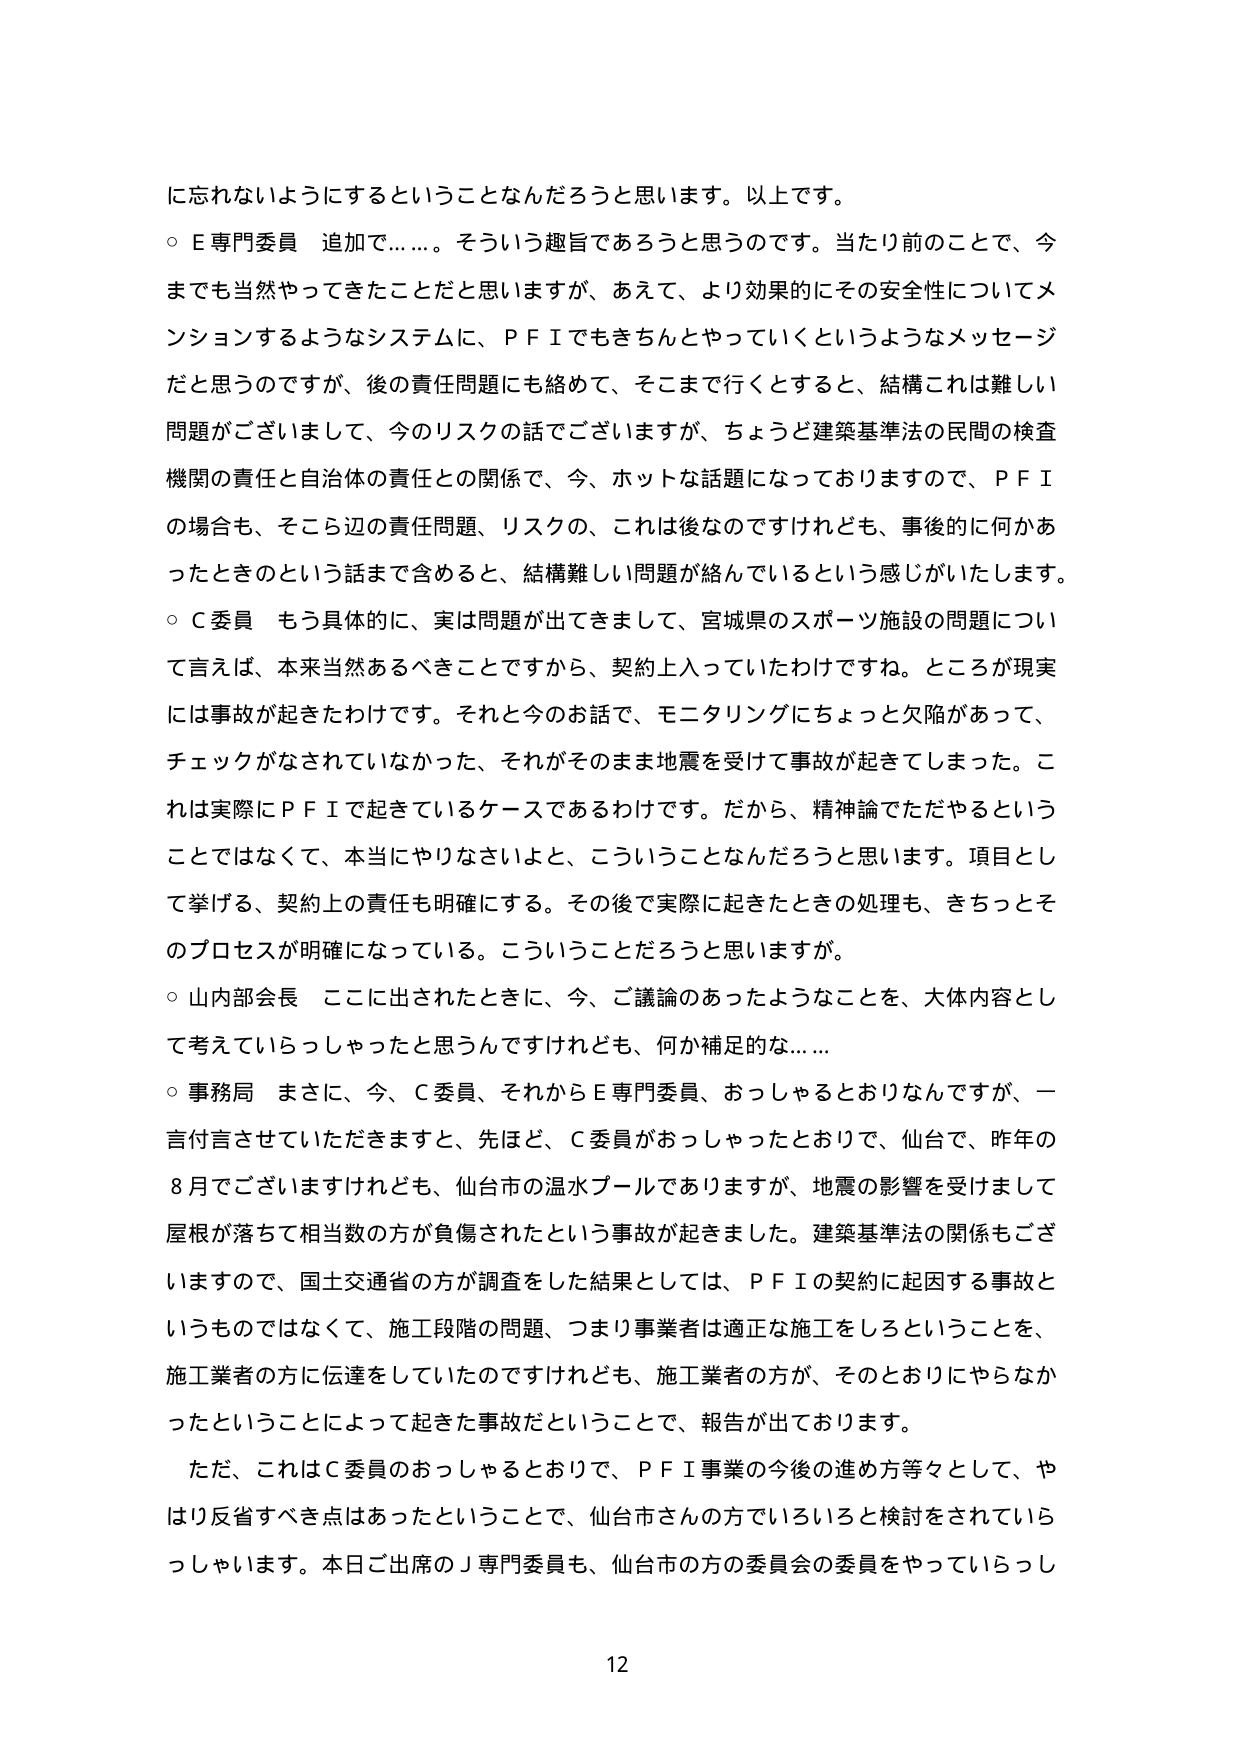
に忘れないようにするということなんだろうと思います。以上です。
○ E専門委員 追加で……。そういう趣旨であろうと思うのです。当たり前のことで、今までも当然やってきたことだと思いますが、あえて、より効果的にその安全性についてメンションするようなシステムに、ＰＦＩでもきちんとやっていくというようなメッセージだと思うのですが、後の責任問題にも絡めて、そこまで行くとすると、結構これは難しい問題がございまして、今のリスクの話でございますが、ちょうど建築基準法の民間の検査機関の責任と自治体の責任との関係で、今、ホットな話題になっておりますので、ＰＦＩの場合も、そこら辺の責任問題、リスクの、これは後なのですけれども、事後的に何かあったときのという話まで含めると、結構難しい問題が絡んでいるという感じがいたします。
○ Ｃ委員 もう具体的に、実は問題が出てきまして、宮城県のスポーツ施設の問題について言えば、本来当然あるべきことですから、契約上入っていたわけですね。ところが現実には事故が起きたわけです。それと今のお話で、モニタリングにちょっと欠陥があって、チェックがなされていなかった、それがそのまま地震を受けて事故が起きてしまった。これは実際にＰＦＩで起きているケースであるわけです。だから、精神論でただやるということではなくて、本当にやりなさいよと、こういうことなんだろうと思います。項目として挙げる、契約上の責任も明確にする。その後で実際に起きたときの処理も、きちっとそのプロセスが明確になっている。こういうことだろうと思いますが。
○ 山内部会長 ここに出されたときに、今、ご議論のあったようなことを、大体内容として考えていらっしゃったと思うんですけれども、何か補足的な……
○ 事務局 まさに、今、Ｃ委員、それからＥ専門委員、おっしゃるとおりなんですが、一言付言させていただきますと、先ほど、Ｃ委員がおっしゃったとおりで、仙台で、昨年の８月でございますけれども、仙台市の温水プールでありますが、地震の影響を受けて屋根が落ちて相当数の方が負傷されたという事故が起きました。建築基準法の関係もございますので、国土交通省の方が調査をした結果としては、ＰＦＩの契約に起因する事故というものではなくて、施工段階の問題、つまり事業者は適正な施工をしろということを、施工業者の方に伝達していたのですけれども、施工業者の方が、そのとおりにやらなかったということによって起きた事故だということで、報告が出ております。
ただ、これはＣ委員のおっしゃるとおりで、ＰＦＩ事業の今後の進め方等々として、やはり反省すべき点はあったということで、仙台市さんの方でいろいろと検討をされていらっしゃいます。本日ご出席のＪ専門委員も、仙台市の方の委員会の委員をやっていらっしゃ
12